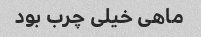
ماهی خیلی چرب بود